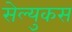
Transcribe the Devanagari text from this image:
सेल्‍युकस